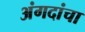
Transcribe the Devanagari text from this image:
अंगदांचा